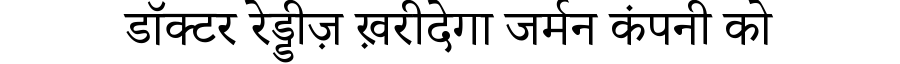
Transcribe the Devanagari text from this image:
डॉक्टर रेड्डीज़ ख़रीदेगा जर्मन कंपनी को